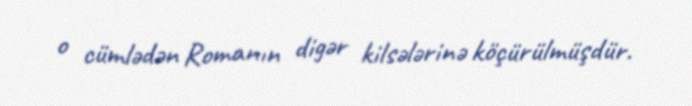
o cümlədən Romanın digər kilsələrinə köçürülmüşdür.